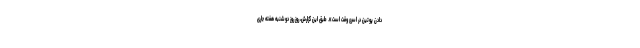
دادن پوتین در اسرع وقت است». طبق این گزارش، روز روز دوشنبه هفته جاری